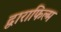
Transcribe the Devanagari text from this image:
द्वाराफिल्म